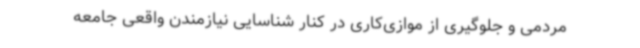
مردمی و جلوگیری از موازی‌کاری در کنار شناسایی نیازمندن واقعی جامعه